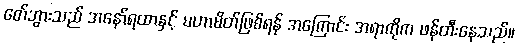
စော်ဘွားသည် အနော်ရထာနှင့် မဟာမိတ်ဖြစ်ရန် အကြောင်း အရာကိုက ဖန်တီးနေသည်။